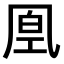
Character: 𠙔